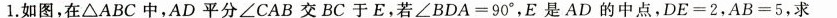
1.如图，在\triangleABC中，AD平分\angleCAB交BC于E，若\angleBDA=90°，E是AD的中点，DE=2，AB=5，求